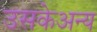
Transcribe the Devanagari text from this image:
उसकेअन्य